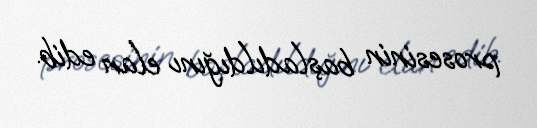
prosesinin başladıldığını elan edib.